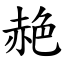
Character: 赩